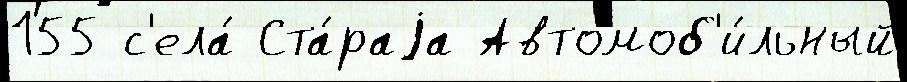
155 с'ела́ Ста́раjа Автомоб'и́льный